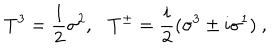
T ^ { 3 } = \frac { 1 } { 2 } \sigma ^ { 2 } , T ^ { \pm } = \frac { i } { 2 } ( \sigma ^ { 3 } \pm i \sigma ^ { 1 } ) ~ ,